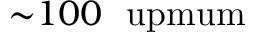
{ \sim } 1 0 0 ~ \mathrm { \ u p m u m }